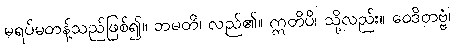
မရပ်မတန့်သည်ဖြစ်၍။ ဘမတိ၊ လည်၏။ ဣတိပိ၊ သို့လည်း။ ဝေဒိတဗ္ဗံ၊